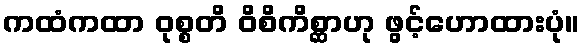
ကထံကထာ ဝုစ္စတိ ဝိစိကိစ္ဆာဟု ဖွင့်ဟောထားပုံ။